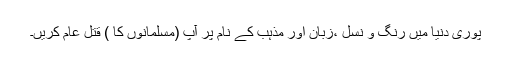
پوری دنیا میں رنگ و نسل ،زبان اور مذہب کے نام پر آپ (مسلمانوں کا ) قتل عام کریں۔